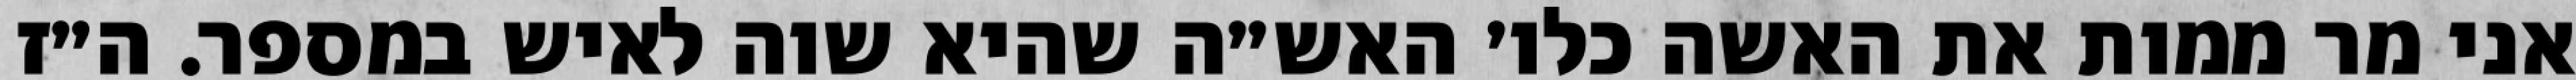
אני מר ממות את האשה כלו׳ האש״ה שהיא שוה לאיש במספר. ה״ז